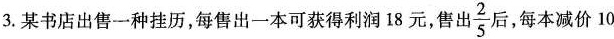
3.某书店出售一种挂历，每售出一本可获得利润18元，售出25 $$\frac{2}{5}$$ 后，每本减价10